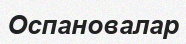
Оспановалар